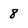
Character: 8